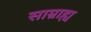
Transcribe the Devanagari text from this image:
साम्राह्य